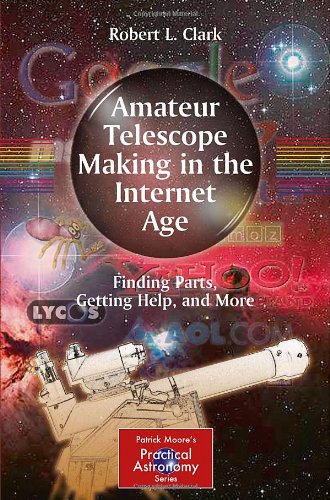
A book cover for Amateur Telescope Making in the Internet Age: Finding Parts, Getting Help, and More (The Patrick Moore Practical Astronomy Series); Robert L. Clark; Science & Math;